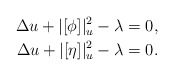
\begin{align*}\Delta u + |[\phi]|_u^2-\lambda =0 ,\\\Delta u + |[\eta]|_u^2-\lambda =0 .\end{align*}